Annual report of the Bengal Veterinary College and of the Civil Veterinary Department, Bengal, for the year 1918-19 - 1918-1919
Year: 1918
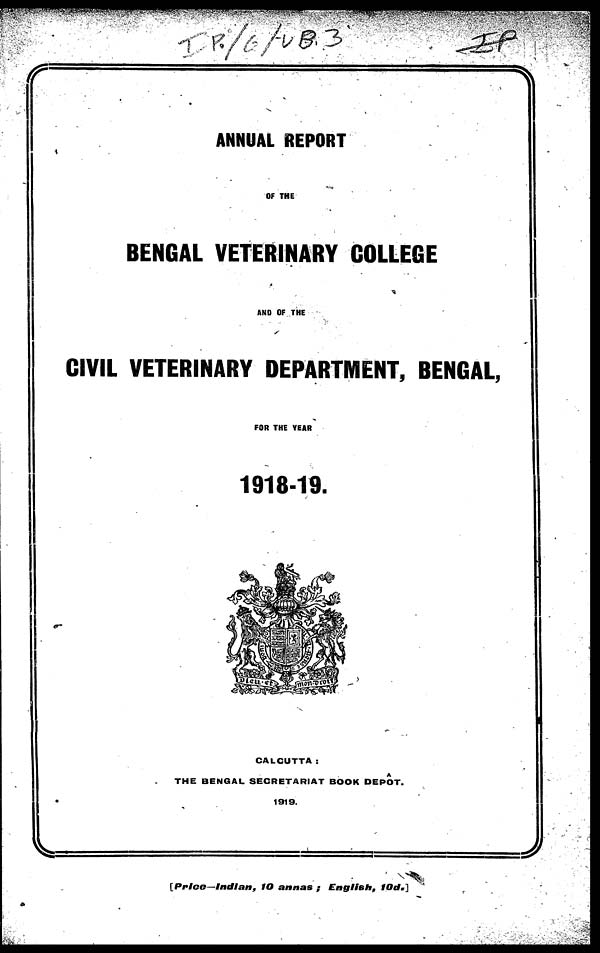
ANNUAL REPORT
OF THE
BENGAL VETERINARY COLLEGE
AND OF THE
CIVIL VETERINARY DEPARTMENT, BENGAL,
FOR THE YEAR
1918-19.
CALCUTTA :
THE BENGAL SECRETARIAT BOOK DEPOT.
1919.
[Price—Indian,
10 annas ; English,
10d.]